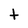
Character: t